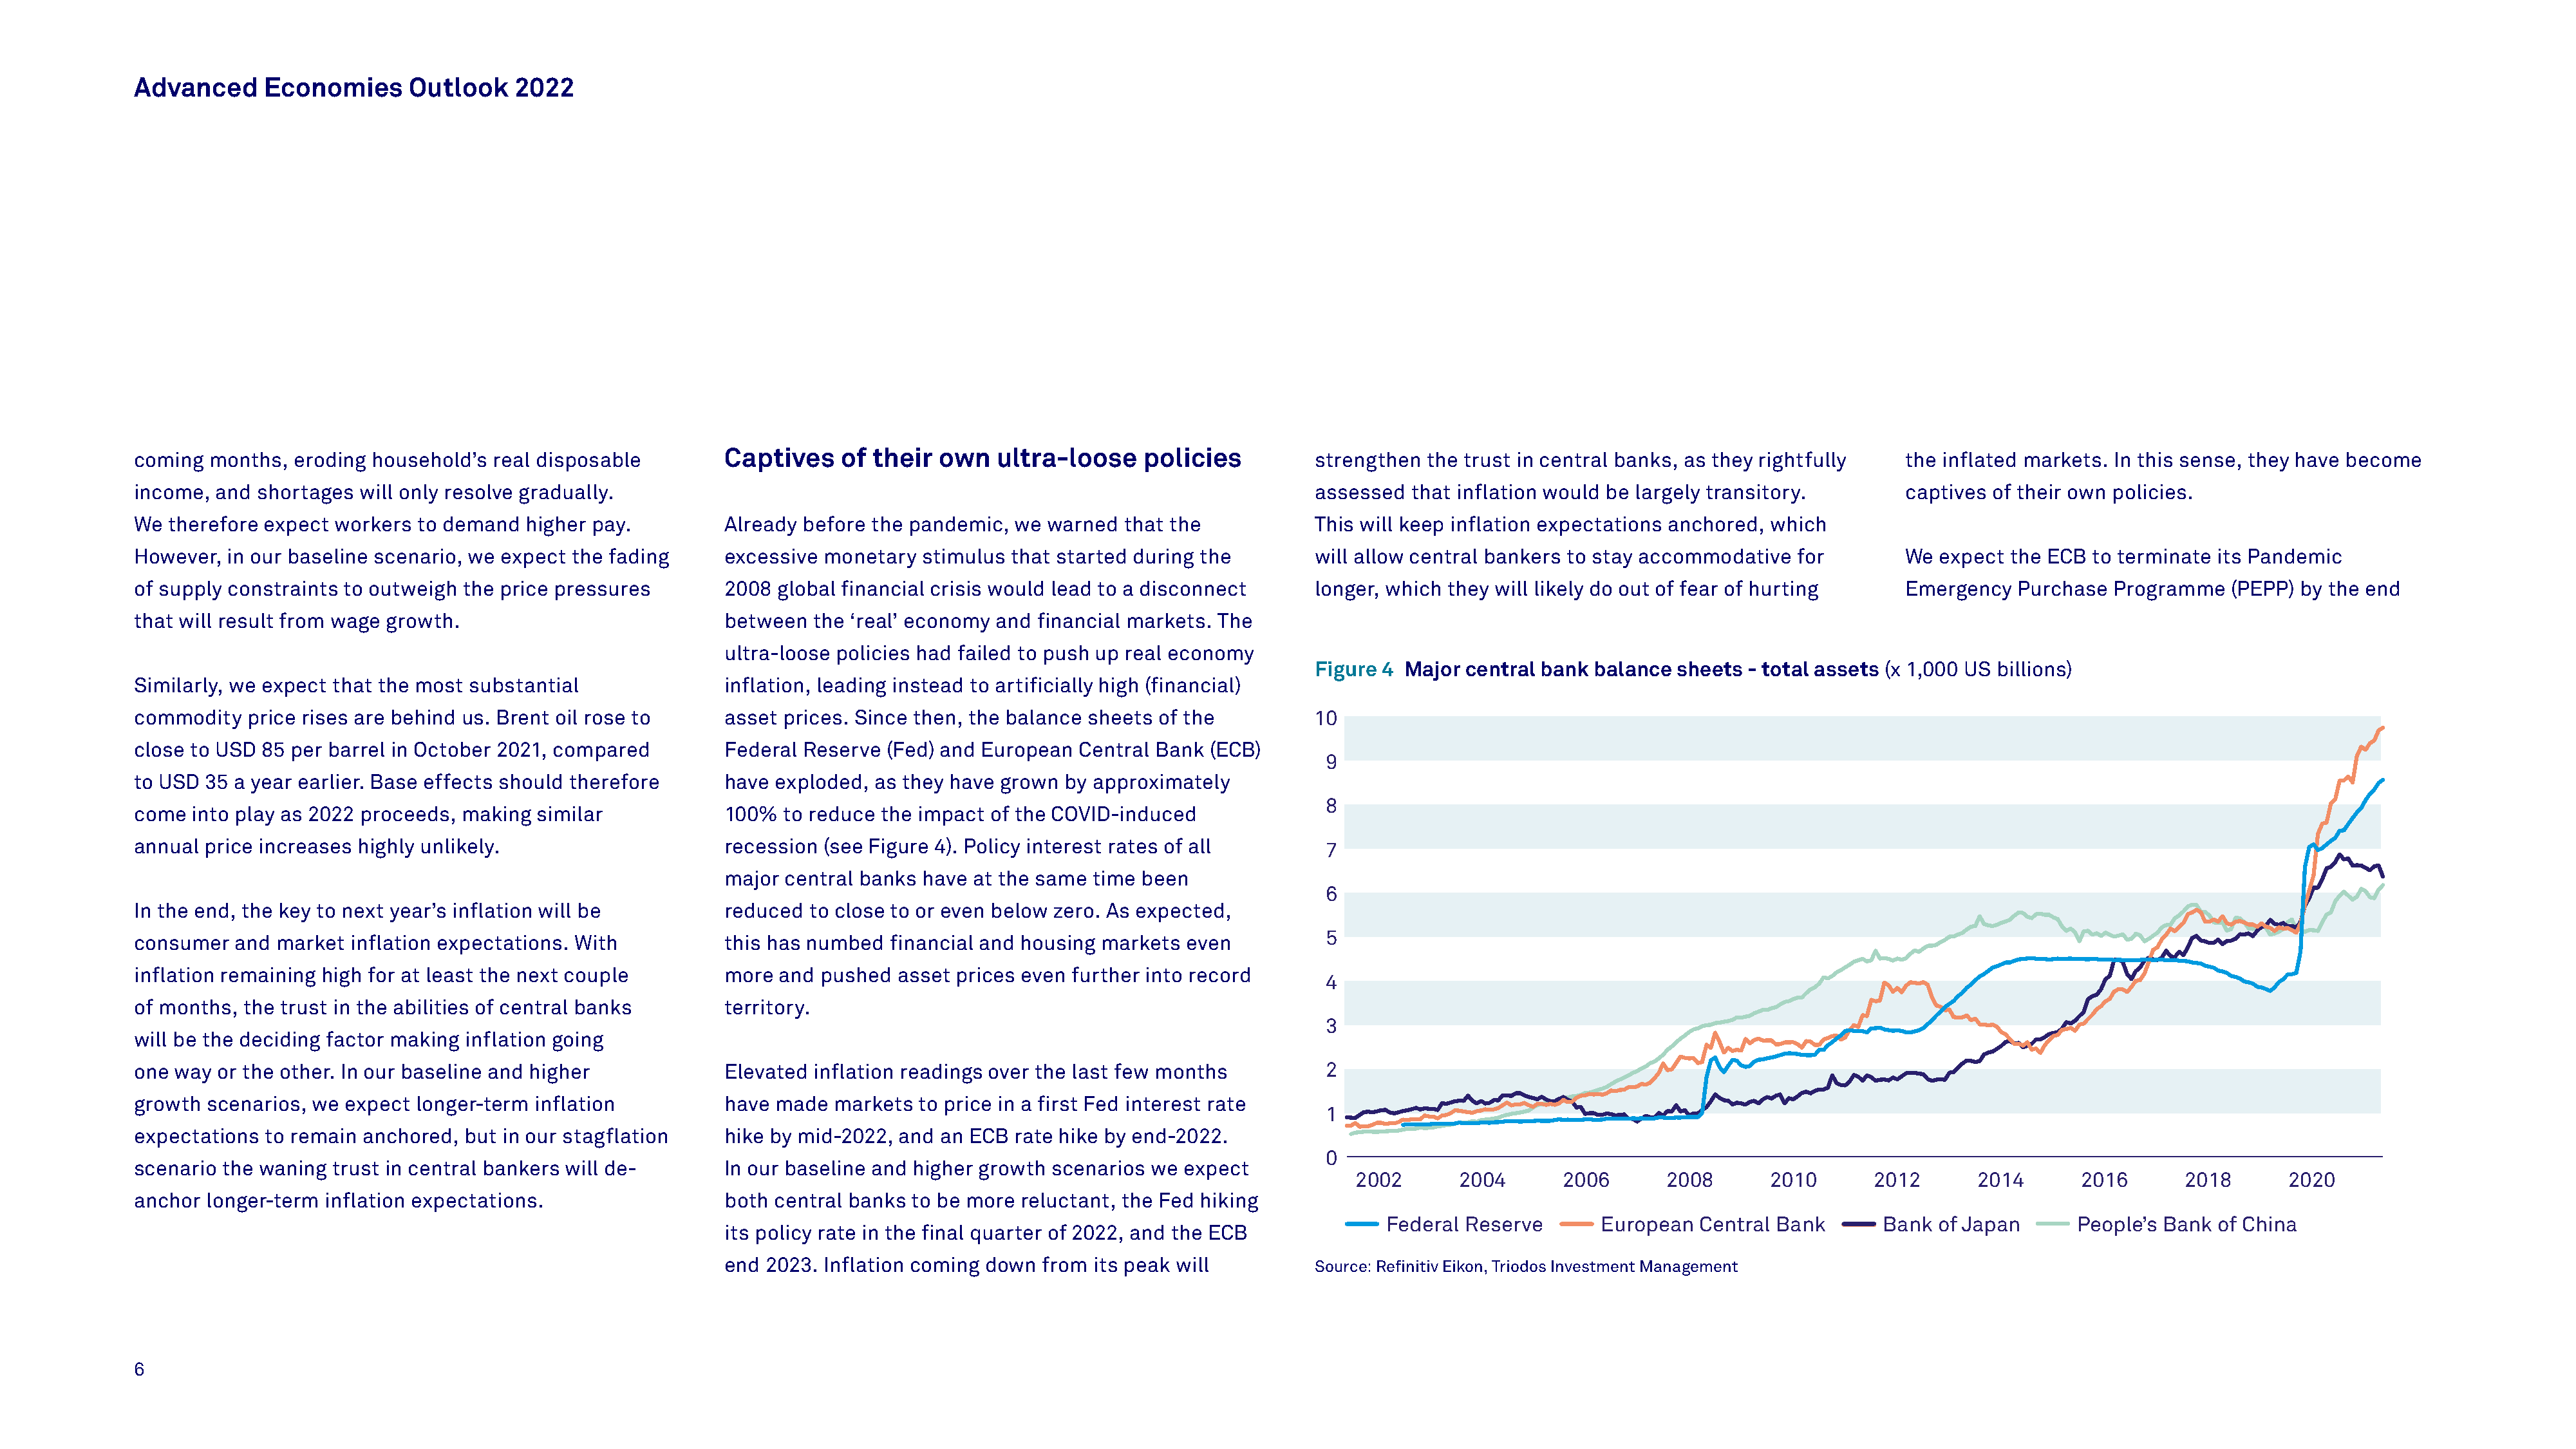
Advanced     Economies      Outlook    2022
 coming  months, eroding household’s  real disposable        Captives    of  their  own  ultra-loose     policies         strengthen  the trust in central banks, as they rightfully   the inflated markets. In this sense, they have become
 income, and shortages  will only resolve gradually.                                                                      assessed  that inflation would be largely transitory.        captives of their own policies.
 We therefore expect workers  to demand  higher pay.         Already  before the pandemic, we  warned  that the           This will keep inflation expectations anchored, which
 However, in our baseline scenario, we expect the fading     excessive  monetary  stimulus that started during the        will allow central bankers to stay accommodative  for        We expect  the ECB to terminate its Pandemic
 of supply constraints to outweigh the price pressures       2008  global financial crisis would lead to a disconnect     longer, which they will likely do out of fear of hurting     Emergency  Purchase  Programme   (PEPP) by the end
 that will result from wage growth.                          between   the ‘real’ economy and financial markets. The
 ultra-loose policies had failed to push up real economy
 Figure 4 Major  central bank balance sheets  - total assets (x 1,000 US billions)
 Similarly, we expect that the most substantial              inflation, leading instead to artificially high (financial)
 commodity  price rises are behind us. Brent oil rose to     asset  prices. Since then, the balance sheets of the         10
 close to USD 85 per barrel in October 2021, compared        Federal  Reserve (Fed) and European  Central Bank (ECB)
 9
 to USD 35 a year earlier. Base effects should therefore     have  exploded, as they have grown by approximately
 8
 come  into play as 2022 proceeds, making similar            100%   to reduce the impact of the COVID-induced
 annual price increases highly unlikely.                     recession  (see Figure 4). Policy interest rates of all       7
 major  central banks have at the same time been
 6
 In the end, the key to next year’s inflation will be        reduced  to close to or even below zero. As expected,
 5
 consumer  and market  inflation expectations. With          this has numbed   financial and housing markets even
 inflation remaining high for at least the next couple       more  and pushed  asset prices even further into record
 4
 of months, the trust in the abilities of central banks      territory.
 3
 will be the deciding factor making inflation going
 one way or the other. In our baseline and higher            Elevated  inflation readings over the last few months         2
 growth scenarios, we expect  longer-term inflation          have  made  markets to price in a first Fed interest rate
 1
 expectations to remain anchored,  but in our stagflation    hike by mid-2022, and  an ECB rate hike by end-2022.
 0
 scenario the waning trust in central bankers will de-       In our baseline and higher growth scenarios we  expect
 2002       2004       2006      2008       2010       2012      2014       2016       2018      2020
 anchor longer-term inflation expectations.                  both  central banks to be more reluctant, the Fed hiking
 Federal  Reserve       European  Central Bank       Bank of Japan       People’s Bank of China
 its policy rate in the final quarter of 2022, and the ECB
 end  2023. Inflation coming down from its peak will          Source: Refinitiv Eikon, Triodos Investment Management
 6